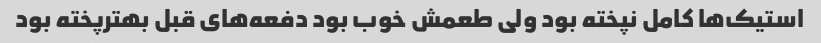
استیک‌ها کامل نپخته بود ولی طعمش خوب بود دفعه‌های قبل بهترپخته بود